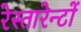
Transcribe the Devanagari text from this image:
रेस्तारेन्टों